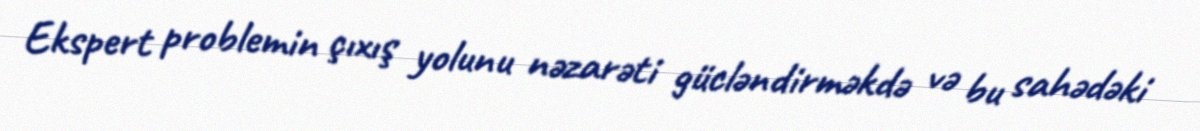
Ekspert problemin çıxış yolunu nəzarəti gücləndirməkdə və bu sahədəki